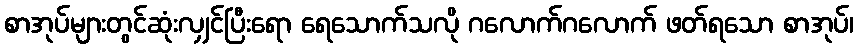
စာအုပ်များတွင်ဆုံးလျှင်ပြီးရော ရေသောက်သလို ဂလောက်ဂလောက် ဖတ်ရသော စာအုပ်၊